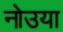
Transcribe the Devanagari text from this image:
नोउया